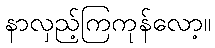
နာလှည့်ကြကုန်လော့။